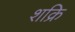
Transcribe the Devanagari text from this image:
शक्रि